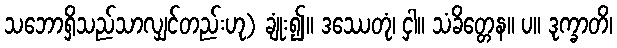
သဘောရှိသည်သာလျှင်တည်းဟု) ချုံး၍။ ဒဿေတုံ၊ ငှါ။ သံခိတ္တေန။ ပ။ ဒုက္ခာတိ၊